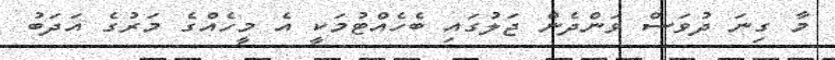
މާ ގިނަ ދުވަސް ވަންދެން ޖަލުގައި ބެހެއްޓުމަކީ އެ މީހެއްގެ މަރުގެ އަދަބު